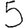
Digit: 5